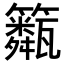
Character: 𥷖